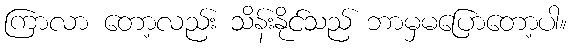
ကြာလာ တော့လည်း သိန်းနိုင်သည် ဘာမှမပြောတော့ပါ။